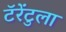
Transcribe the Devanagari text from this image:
टॅरेंटुला